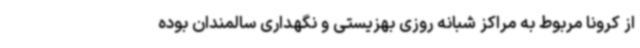
از کرونا مربوط به مراکز شبانه روزی بهزیستی و نگهداری سالمندان بوده